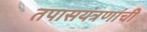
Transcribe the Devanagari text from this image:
तपासयंत्रणांची